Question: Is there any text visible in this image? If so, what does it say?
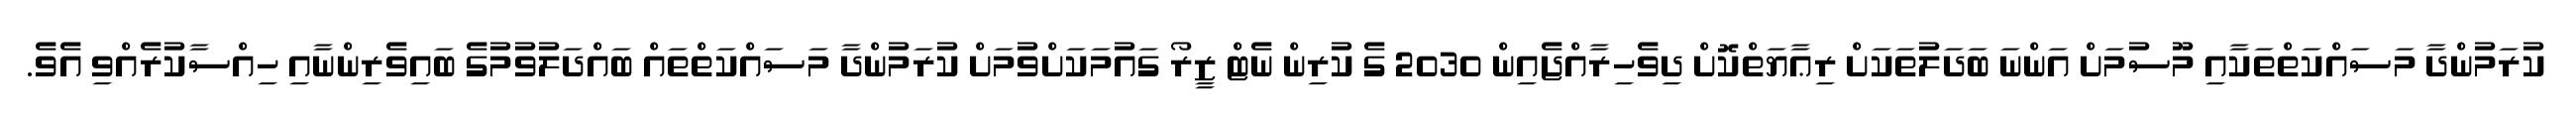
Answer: ކުރަމުންދާ މަސައްކަތްތަކާއި މޫސުމަށް އަންނަ ބަދަލުތަކަށް ރިޢާޔަތްކޮށް ދިވެހިރާއްޖެއިން 2030 ގެ ކުރިން ނެޓް ޒީރޯ ގައުމަކަށްވުމަށް ކުރަމުންދާ މަސައްކަތްތައް ބައްދަލުވުމުގެ ބައިވެރިންނާއި ހިއްސާކުރެއްވި އެވެ.